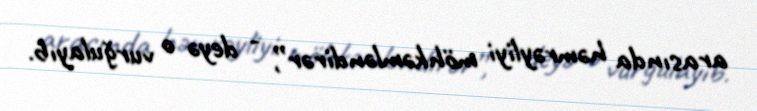
arasında həmrəyliyi möhkəmləndirər”, - deyə o vurğulayıb.